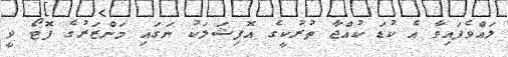
ލައްވެފައިވާ އެ ކުޑަ ކުއްޖާ ތުރުކީގެ އޮފިޝަލަކު ނަގައި މަންޒަރުގެ ފޮޓޯ ވީ